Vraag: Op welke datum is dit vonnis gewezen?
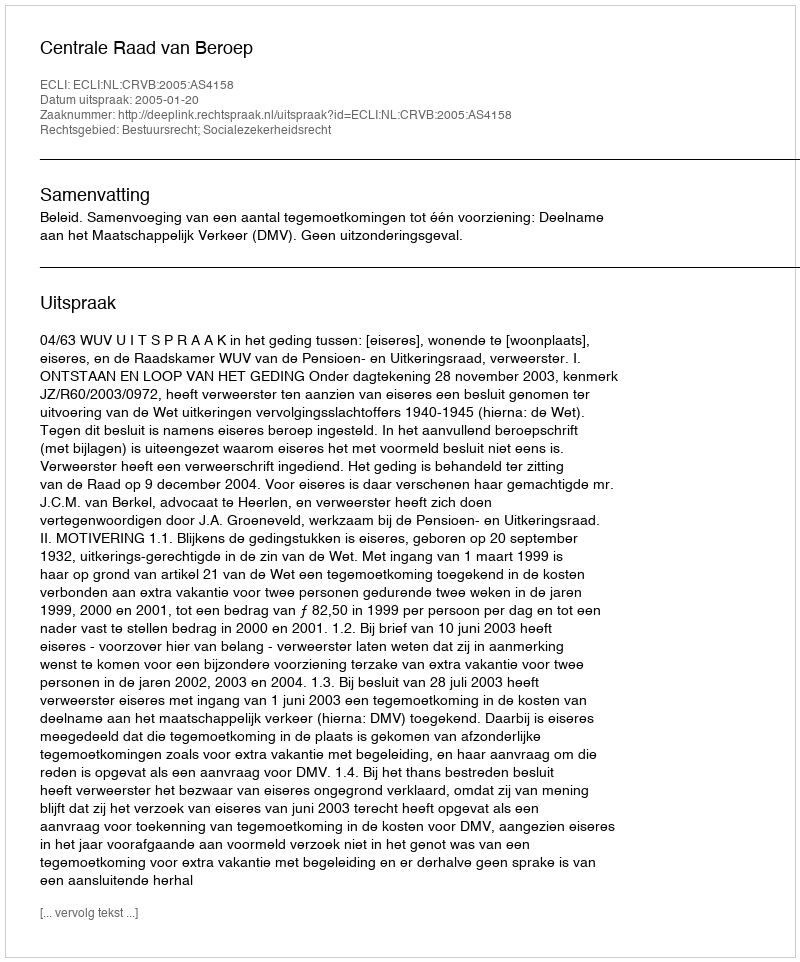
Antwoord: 2005-01-20